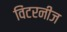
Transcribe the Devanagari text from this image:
विंटरनीज